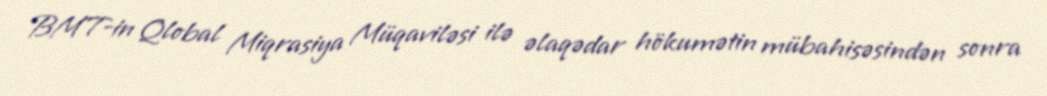
BMT-in Qlobal Miqrasiya Müqaviləsi ilə əlaqədar hökumətin mübahisəsindən sonra